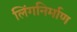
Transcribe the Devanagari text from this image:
लिंगनिर्माण